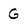
Character: G